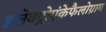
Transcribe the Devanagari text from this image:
इलेक्ट्रोएंकेफैलोग्राम